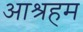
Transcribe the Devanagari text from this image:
आश्रहम